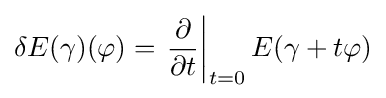
\delta E(\gamma )(\varphi )=\left.{\frac {\partial }{\partial t}}\right|_{t=0}E(\gamma +t\varphi )